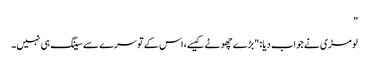
”
لومڑی نے جواب دیا: "بڑے چھوٹے کیسے، اس کے تو سرے سے سینگ ہی نہیں۔